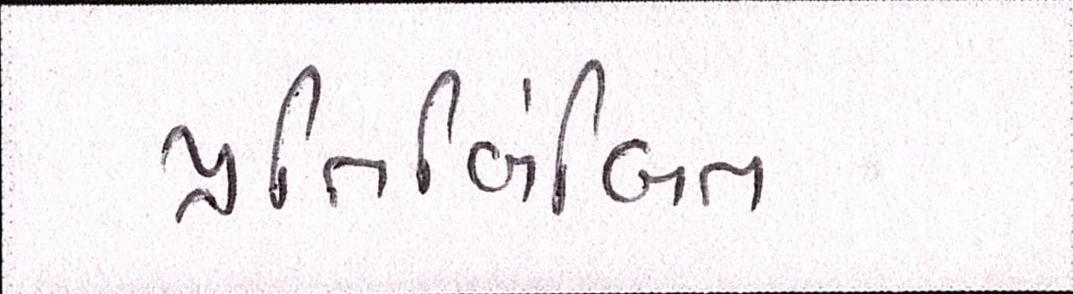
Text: પ્રતિબિંબિત